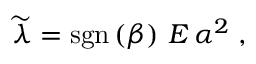
\widetilde { \lambda } = \mathrm { s g n } \left( \beta \right) \, E \, \alpha ^ { 2 } \; ,